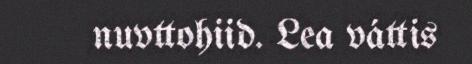
nuvttohiid. Lea váttis